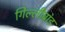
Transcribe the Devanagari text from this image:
गिल्लीब्रांड